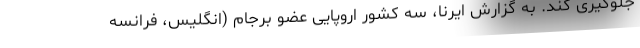
جلوگیری کند. به گزارش ایرنا، سه کشور اروپایی عضو برجام (انگلیس، فرانسه